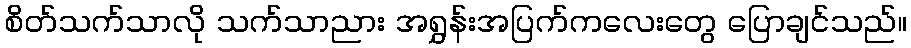
စိတ်သက်သာလို သက်သာညား အရွှန်းအပြက်ကလေးတွေ ပြောချင်သည်။